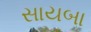
સાયબા